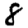
Digit: 8